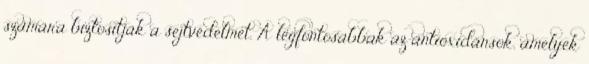
számára biztosítják a sejtvédelmet. A legfontosabbak az antioxidánsok, amelyek